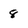
Character: 8